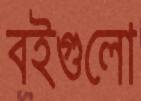
বইগুলো